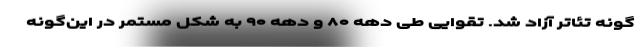
گونه تئاتر آزاد شد. تقوایی طی دهه ۸۰ و دهه ۹۰ به شکل مستمر در این‌گونه